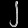
Digit: ၂